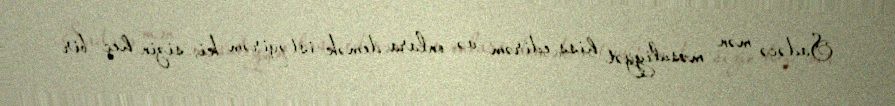
Sadəcə mən məsuliyyət hiss edirəm və onlara demək istəyirəm ki, sizin heç bir